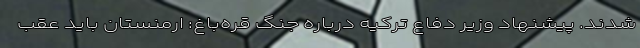
شدند. پیشنهاد وزیر دفاع ترکیه درباره جنگ قره‌باغ: ارمنستان باید عقب